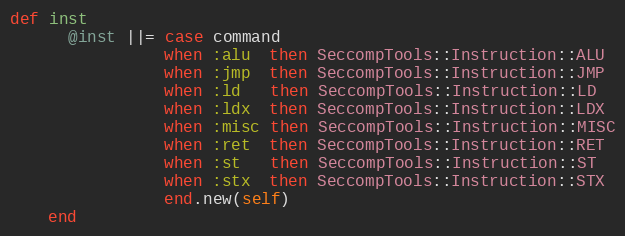
Language: Ruby
def inst
      @inst ||= case command
                when :alu  then SeccompTools::Instruction::ALU
                when :jmp  then SeccompTools::Instruction::JMP
                when :ld   then SeccompTools::Instruction::LD
                when :ldx  then SeccompTools::Instruction::LDX
                when :misc then SeccompTools::Instruction::MISC
                when :ret  then SeccompTools::Instruction::RET
                when :st   then SeccompTools::Instruction::ST
                when :stx  then SeccompTools::Instruction::STX
                end.new(self)
    end